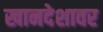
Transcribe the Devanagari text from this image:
खानदेशावर